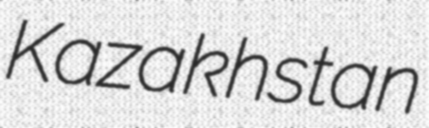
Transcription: Kazakhstan